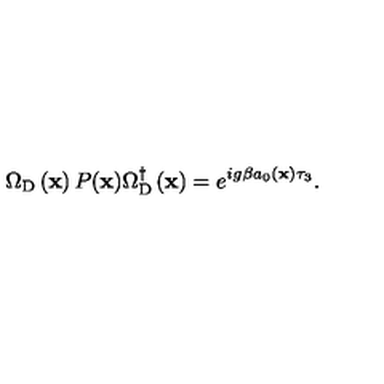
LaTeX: \Omega _ { \mathrm { D } } \left( { \bf x } \right) P ( { \bf x } ) \Omega _ { \mathrm { D } } ^ { \dagger } \left( { \bf x } \right) = e ^ { i g \beta a _ { 0 } \left( { \bf x } \right) \tau _ { 3 } } .